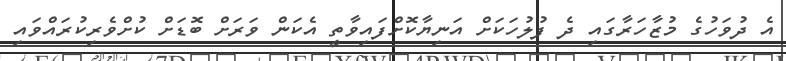
އެ ދުވަހުގެ މުޒާހަރާގައި ދެ ފުލުހަކަށް އަނިޔާކޮށްފައިވާތީ އެކަން ވަރަށް ބޮޑަށް ކުށްވެރިކުރައްވައި